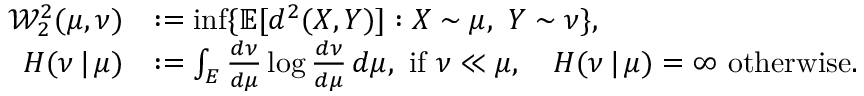
\begin{array} { r l } { \mathcal { W } _ { 2 } ^ { 2 } ( \mu , \nu ) } & { : = \operatorname* { i n f } \{ { \mathbb E } [ d ^ { 2 } ( X , Y ) ] : X \sim \mu , \ Y \sim \nu \} , } \\ { H ( \nu \, | \, \mu ) } & { : = \int _ { E } \frac { d \nu } { d \mu } \log \frac { d \nu } { d \mu } \, d \mu , \ \mathrm { i f ~ } \nu \ll \mu , \ \ \ H ( \nu \, | \, \mu ) = \infty \ \mathrm { o t h e r w i s e } . } \end{array}